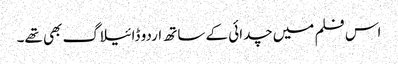
اس فلم میں چدائی کے ساتھ اردو ڈائیلاگ بھی تھے۔